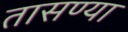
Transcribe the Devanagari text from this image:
तासण्या